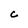
Character: c